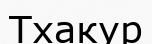
Тхакур